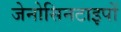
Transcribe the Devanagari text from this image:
जेनोसिनटाइपों